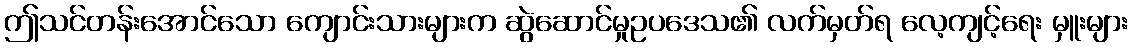
ဤသင်တန်းအောင်သော ကျောင်းသားများက ဆွဲဆောင်မှုဥပဒေသ၏ လက်မှတ်ရ လေ့ကျင့်ရေး မှူးများ